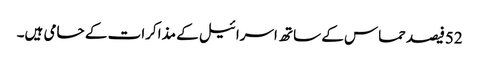
52فیصدحماس کے ساتھ اسرائیل کے مذاکرات کے حامی ہیں۔